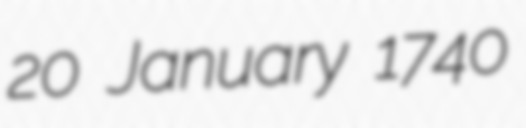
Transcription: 20 January 1740